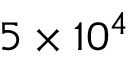
5 \times 1 0 ^ { 4 }